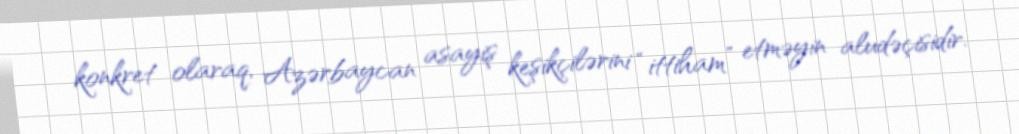
konkret olaraq, Azərbaycan asayiş keşikçilərini “ittiham” etməyin aludəçisidir.